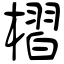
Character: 槢